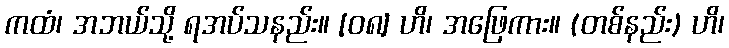
ကထံ၊ အဘယ်သို့ ရအပ်သနည်း။ [၀၈] ဟိ၊ အဖြေကား။ (တစ်နည်း) ဟိ၊